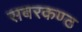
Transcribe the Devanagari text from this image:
सबरकण्ठ